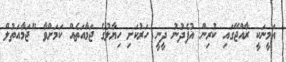
އަމީނަކީ ރާއްޖޭގައި ކުރިން އުފެދުނު ދީނީ ހަރުކަށި ހިޔާލުގެ ޖަމާއަތެއް ކަމަށްވާ "ޖަމާއަތުލް